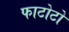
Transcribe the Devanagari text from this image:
फाटोटो